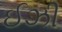
ઈઝી